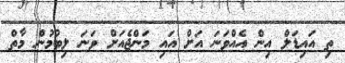
ތި އައިޑަލް އިން އެއްވަނަ އަށް އައި މަންޖެއަށް ވަނަ ލިބުމުން މާތް